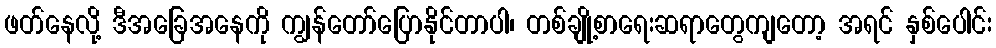
ဖတ်နေလို့ ဒီအခြေအနေကို ကျွန်တော်ပြောနိုင်တာပါ၊ တစ်ချို့စာရေးဆရာတွေကျတော့ အရင် နှစ်ပေါင်း